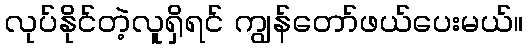
လုပ်နိုင်တဲ့လူရှိရင် ကျွန်တော်ဖယ်ပေးမယ်။